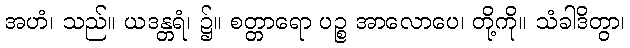
အဟံ၊ သည်။ ယဒန္တရံ၊ ၌။ စတ္တာရော ပဉ္စ အာလောပေ၊ တို့ကို။ သံခါဒိတွာ၊